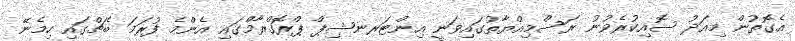
އެގޮތުން މިއަދު ސޮއިކުރެވުނު ރަސްމިއްޔާތުގައިވަނީ އިންޓަރނޝިޕް ޕްރޮގްރާމްގައި އެންމެ ފުރަމަ ބެޗްގައި ހިމެނޭ